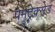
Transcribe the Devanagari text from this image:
पेमेट्रेक्सेड